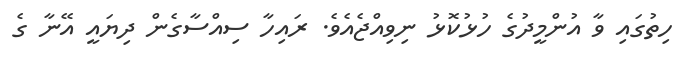
ހިތުގައި ވާ އުންމީދުގެ ހުޅުކޮޅު ނިވިއްޖެއެވެ. ރައިހާ ސިއްސާގެން ދިޔައީ އޭނާ ގެ